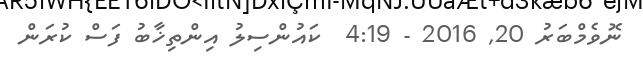
ނޮވެމްބަރު 20